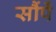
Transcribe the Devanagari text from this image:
सौंपें